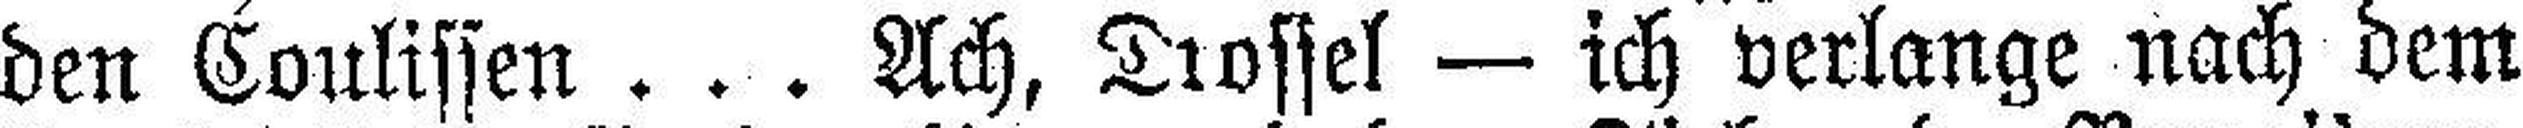
den Coulissen . . . Ach, Drossel — ich verlange nach dem